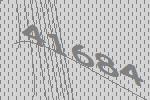
41684